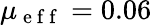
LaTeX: \mu_{\mathrm{~e~f~f~}}=0.06